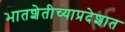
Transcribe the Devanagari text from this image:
भातशेतीच्याप्रदेशात